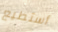
أستطيع